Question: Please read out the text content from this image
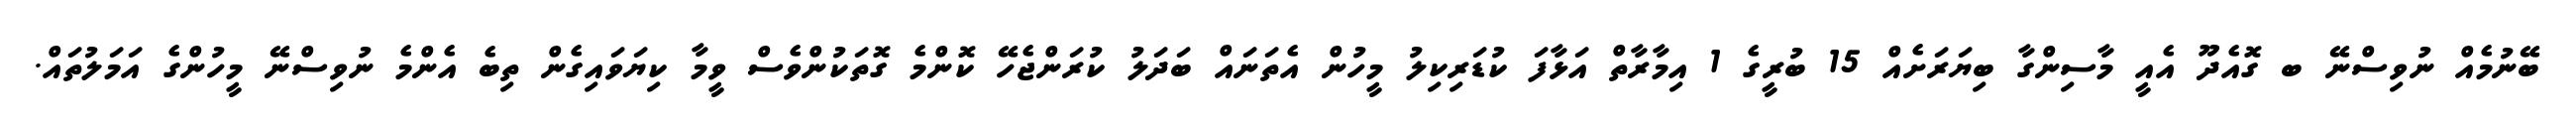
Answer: ބޭނުމެއް ނުވިސްނޭ ބ ގޮއެދޫ އެއީ މާސިންގާ ބިޔަރަށެއް 15 ބުރީގެ 1 އިމާރާތް އަޅާފަ ކުޑަރިކިލު މީހުން އެތަނައް ބަދަލު ކުރަންޖެހޭ ކޮންމެ ގޮތަކުންވެސް ވީމާ ކިޔަވައިގެން ތިބެ އެންމެ ނުވިސްނޭ މީހުންގެ އަމަލުތައް.